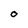
Character: O